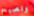
ونصبح